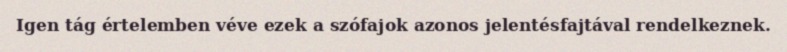
Igen tág értelemben véve ezek a szófajok azonos jelentésfajtával rendelkeznek.